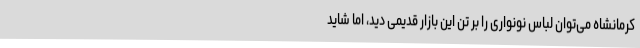
کرمانشاه می‌توان لباس نونواری را بر تن این بازار قدیمی دید، اما شاید